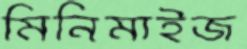
মিনিমাইজ